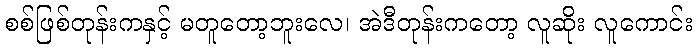
စစ်ဖြစ်တုန်းကနှင့် မတူတော့ဘူးလေ၊ အဲဒီတုန်းကတော့ လူဆိုး လူကောင်း